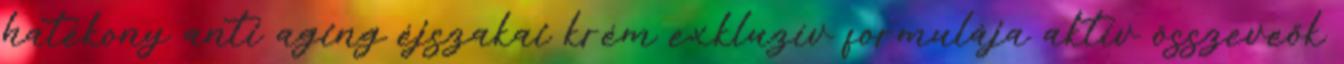
hatékony anti aging éjszakai krém exkluzív formulája aktív összeveők